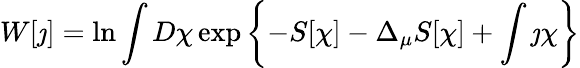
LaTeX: W[\jmath]=\ln\int D\chi\exp\left\{ -S[\chi]-\Delta_{\mu}S[\chi]+\int\jmath\chi\right\}